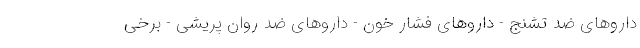
داروهای ضد تشنج - داروهای فشار خون - داروهای ضد روان پریشی - برخی